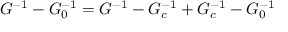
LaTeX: G ^ { - 1 } - G _ { 0 } ^ { - 1 } = G ^ { - 1 } - G _ { c } ^ { - 1 } + G _ { c } ^ { - 1 } - G _ { 0 } ^ { - 1 }